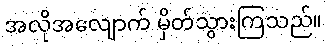
အလိုအလျောက် မှိတ်သွားကြသည်။